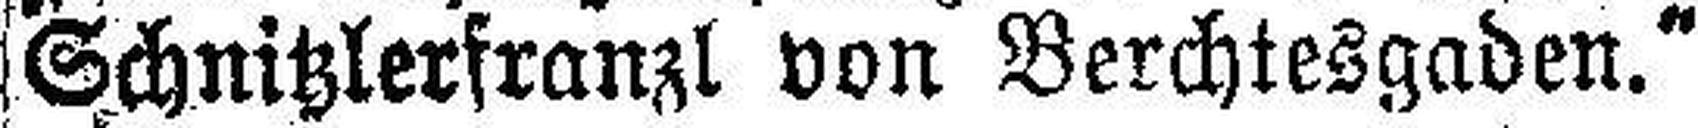
Schnitzlerfranzl von Berchtesgaden.“